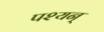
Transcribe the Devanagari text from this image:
पश्यन्